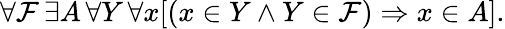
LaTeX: \forall{\mathcal{F}}\, \exists A\, \forall Y\, \forall x[(x\in Y\land Y\in{\mathcal{F}})\Rightarrow x\in A].